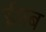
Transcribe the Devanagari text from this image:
ईपब